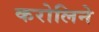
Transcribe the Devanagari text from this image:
करोलिने